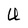
Character: U